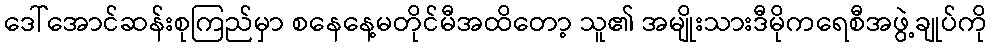
ဒေါ်အောင်ဆန်းစုကြည်မှာ စနေနေ့မတိုင်မီအထိတော့ သူ၏ အမျိုးသားဒီမိုကရေစီအဖွဲ့ချုပ်ကို